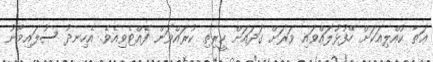
ޢަޠާ ކުއްލިއަކަށް ހޭފުޅުލައްވައި ވަރަށް ގަދައަށް ކީރިތި ކުރައްވަން ފެއްޓެވިއެވެ. އެހިނދު ސުލައިމާނު